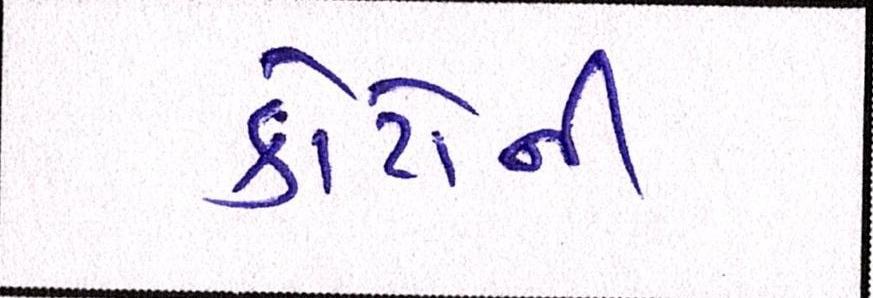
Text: કોર્ટોની